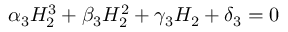
\alpha _ { 3 } H _ { 2 } ^ { 3 } + \beta _ { 3 } H _ { 2 } ^ { 2 } + \gamma _ { 3 } H _ { 2 } + \delta _ { 3 } = 0